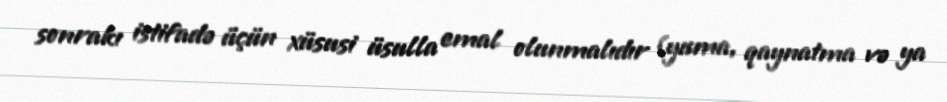
sonrakı istifadə üçün xüsusi üsulla emal olunmalıdır (yuma, qaynatma və ya